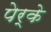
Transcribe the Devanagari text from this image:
पेर्के